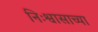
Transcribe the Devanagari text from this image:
निःश्वासाच्या